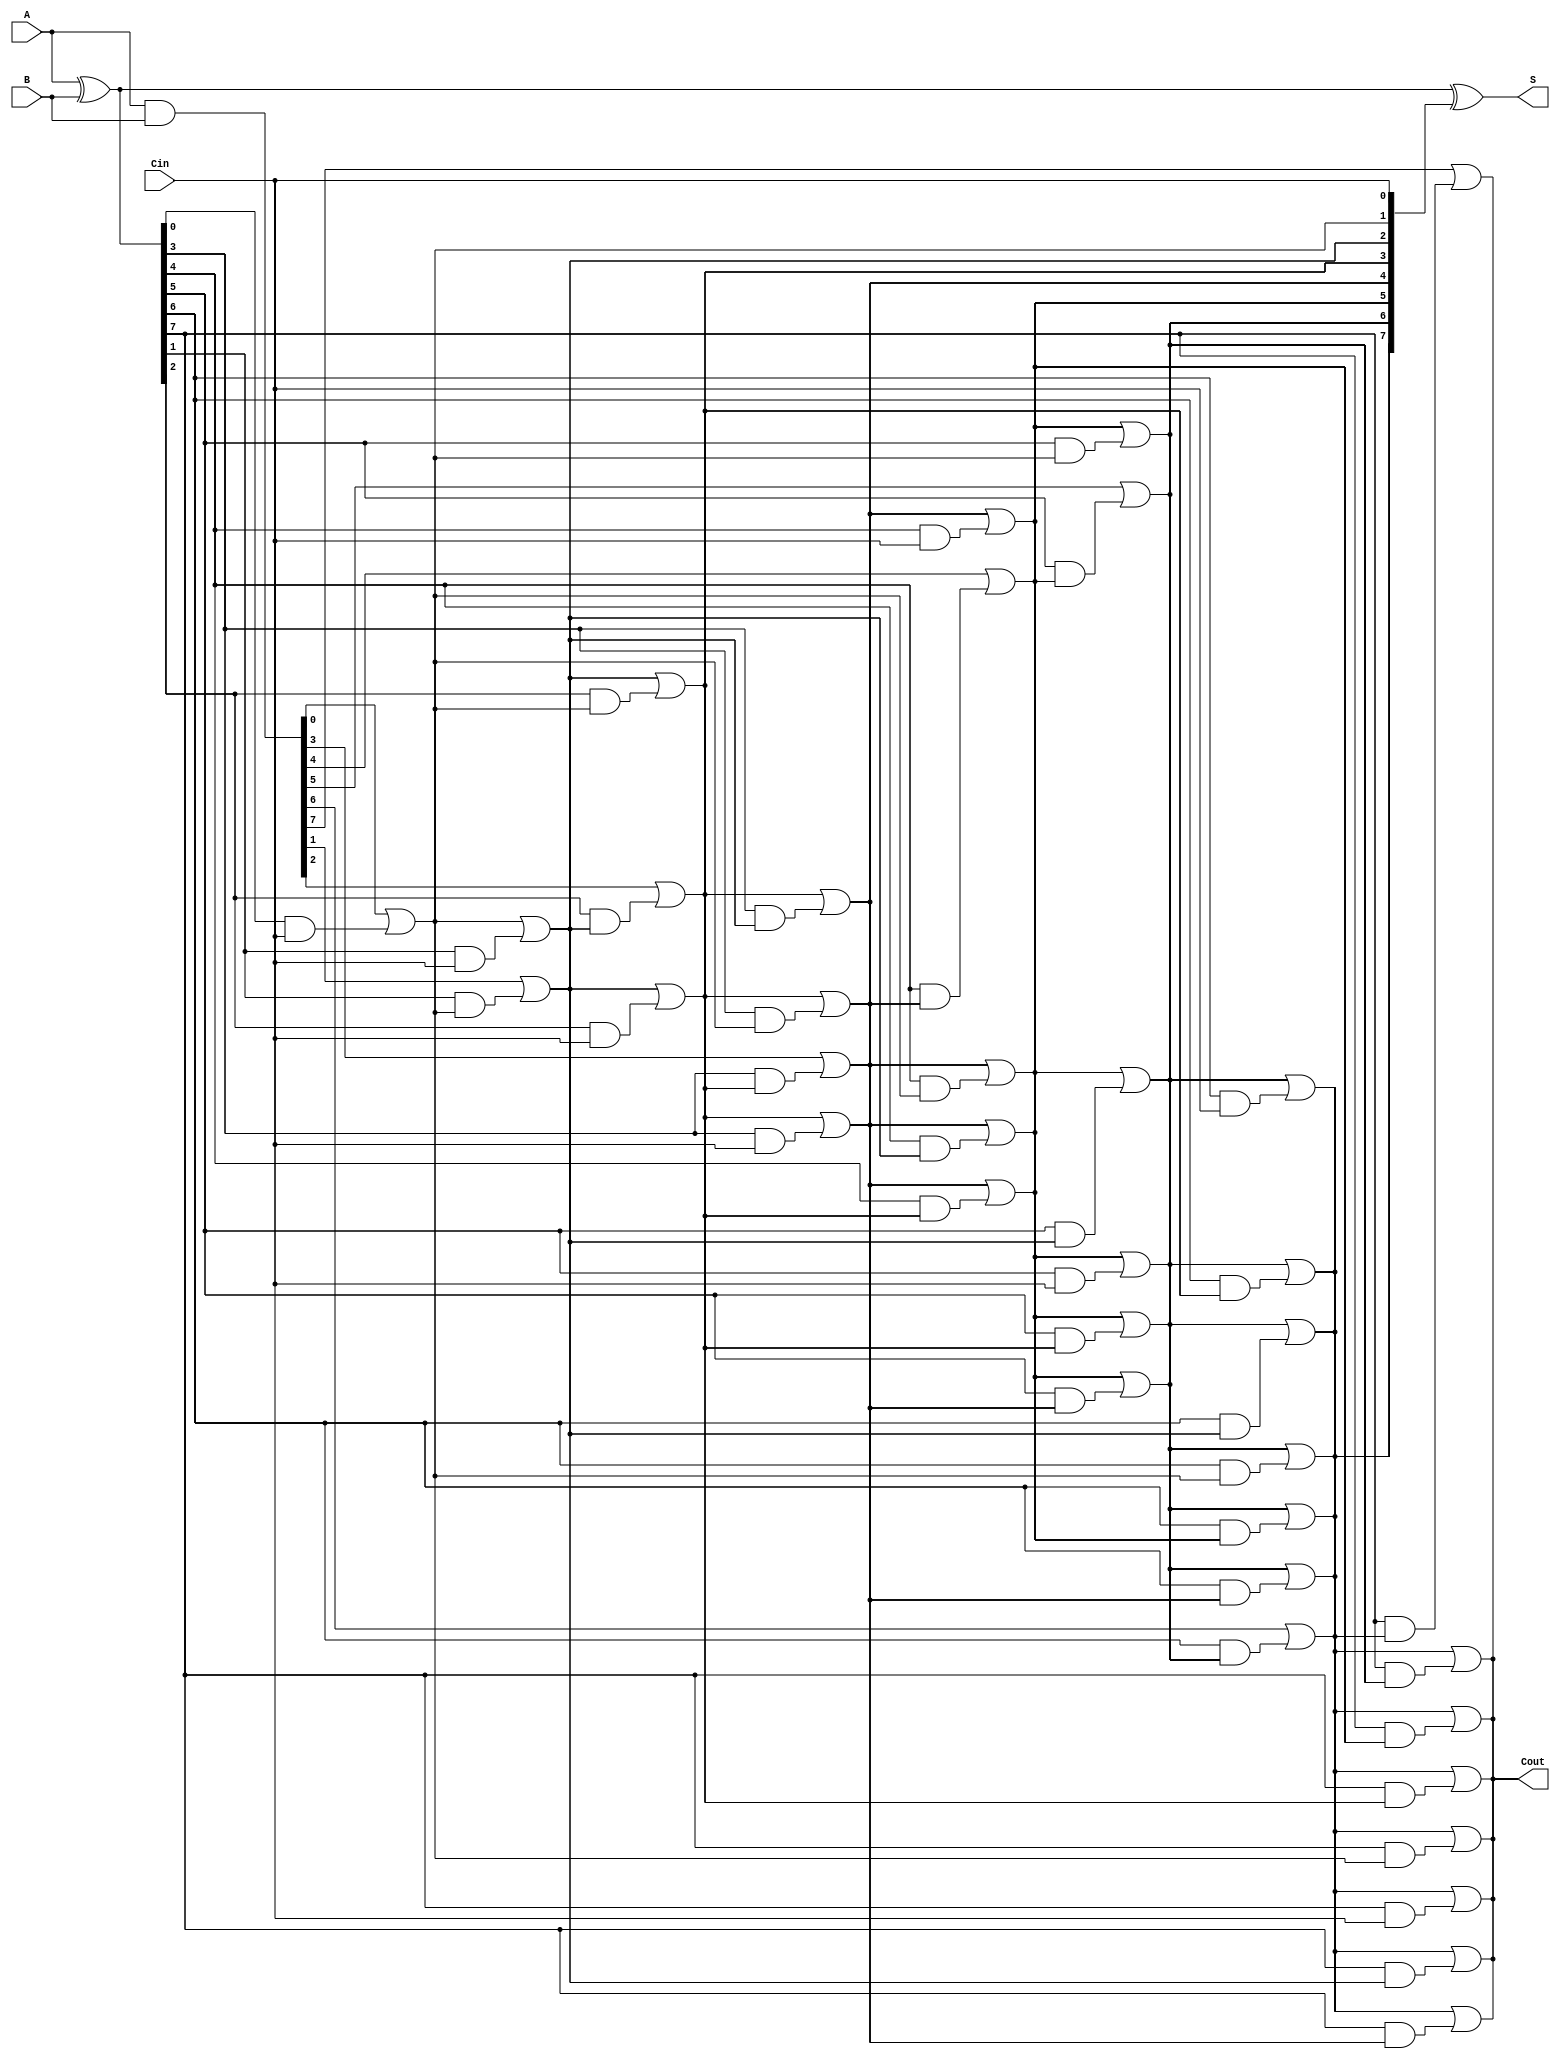
module SklanskyAdder #(parameter n = 8) (
    input  [n-1:0] A,      // First n-bit input
    input  [n-1:0] B,      // Second n-bit input
    input         Cin,      // Carry-in
    output [n-1:0] S,      // n-bit sum output
    output        Cout      // Carry-out
);

    // Generate and Propagate signals
    wire [n-1:0] G; // Generate signals
    wire [n-1:0] P; // Propagate signals
    wire [n:0] C;   // Carry signals

    // Generate and Propagate calculations
    assign G = A & B;          // G[i] = A[i] & B[i]
    assign P = A ^ B;          // P[i] = A[i] ^ B[i]

    // Carry generation using the Sklansky method
    assign C[0] = Cin; // Initial carry input

    genvar i, j;
    generate
        // Level 1: Compute carries for pairs of bits
        for (i = 0; i < n; i = i + 1) begin: carry_gen_level1
            if (i == 0) begin
                assign C[i+1] = G[i] | (P[i] & C[0]);
            end else begin
                assign C[i+1] = G[i] | (P[i] & C[i]);
            end
        end

        // Higher levels of carry generation
        for (j = 1; j < n; j = j + 1) begin: carry_gen_higher
            for (i = 0; i < n - j; i = i + 1) begin: carry_gen_inner
                assign C[i + j + 1] = C[i + j] | (P[i + j] & C[i]);
            end
        end
    endgenerate

    // Sum calculation
    assign S = P ^ C[n-1:0]; // S[i] = P[i] ^ C[i]

    // Final carry-out
    assign Cout = C[n]; // Cout is the last carry

endmodule